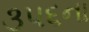
૩૫૬ના